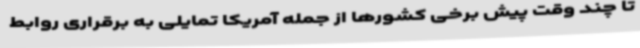
تا چند وقت پیش برخی کشورها از جمله آمریکا تمایلی به برقراری روابط